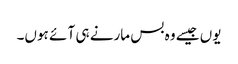
یوں جیسے وہ بس مارنے ہی آ ئے ہوں۔